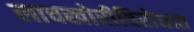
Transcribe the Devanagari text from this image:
लाचखोरीविरोधात